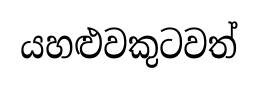
යහළුවකුටවත්